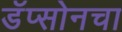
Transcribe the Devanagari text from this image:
डॅप्सोनचा